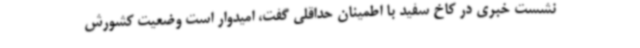
نشست خبری در کاخ سفید با اطمینان حداقلی گفت، امیدوار است وضعیت کشورش